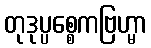
တုဒုပ္ပစ္စေကဗြဟ္မာ